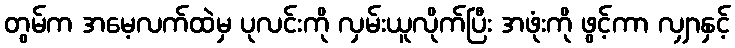
တွမ်က အမေ့လက်ထဲမှ ပုလင်းကို လှမ်းယူလိုက်ပြီး အဖုံးကို ဖွင့်ကာ လျှာနှင့်